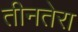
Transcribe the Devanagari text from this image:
तीनतेरा